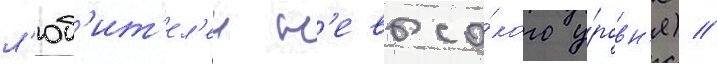
л'юб'ит'ел'еи н'евысо́кого у́ровн'я) //